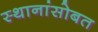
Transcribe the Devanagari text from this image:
स्थानांसोबत